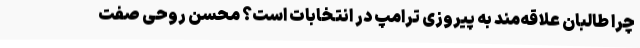
چرا طالبان علاقه‌مند به پیروزی ترامپ در انتخابات است؟ محسن روحی صفت